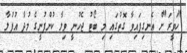
"ހަވީރަ"ށް އެނގިފައިވާ ގޮތުގައި މި ބޯޓު ޖެހުނީ ވިލާ ކުންފުނީގެ މުދާ އުފުލާ